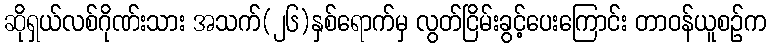
ဆိုရှယ်လစ်ဂိုဏ်းသား အသက်(၂၆)နှစ်ရောက်မှ လွတ်ငြိမ်းခွင့်ပေးကြောင်း တာဝန်ယူစဉ်က